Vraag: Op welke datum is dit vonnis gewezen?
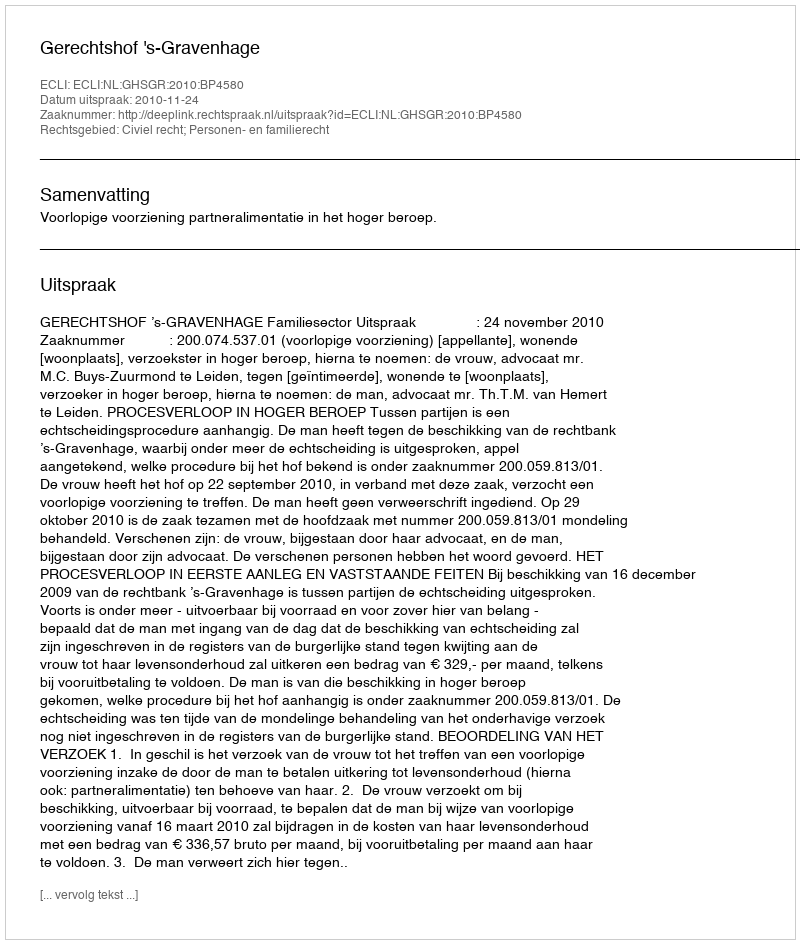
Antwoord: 2010-11-24